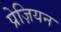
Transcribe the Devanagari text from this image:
प्रेज़ियन